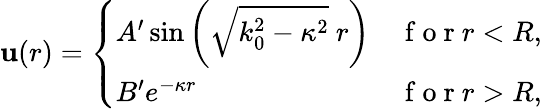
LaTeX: \mathbf{u}(r)=\left\{ \begin{array}{ll}{A^{\prime}\sin\left(\sqrt{k_{0}^{2}-\kappa^{2}}\ r\right)}&{\mathrm{~f~o~r~}r<R,}\\ {B^{\prime}e^{-\kappa r}}&{\mathrm{~f~o~r~}r>R,}\end{array}\right.